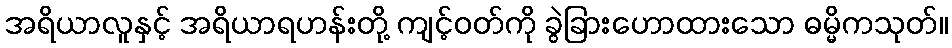
အရိယာလူနှင့် အရိယာရဟန်းတို့ ကျင့်ဝတ်ကို ခွဲခြားဟောထားသော ဓမ္မိကသုတ်။